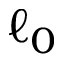
\ell _ { 0 }